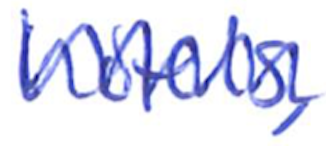
Text: hotels,
Cross-out: zig-zag
Writing tool: ballpoint